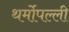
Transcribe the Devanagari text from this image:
थर्मोपल्ली